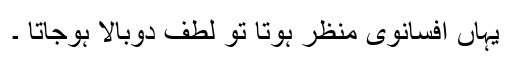
یہاں افسانوی منظر ہوتا تو لطف دوبالا ہوجاتا ۔